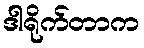
ဒါရိုက်တာက